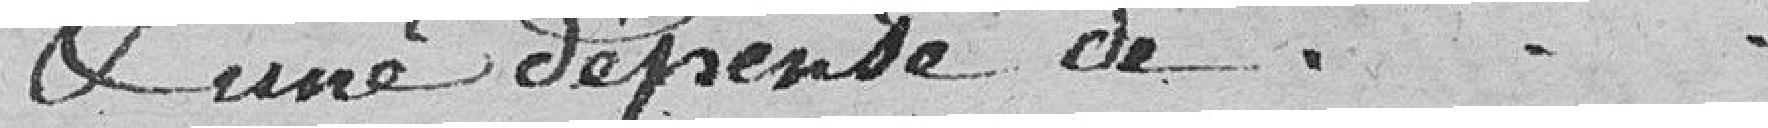
& une dépense de